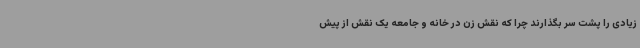
زیادی را پشت سر بگذارند چرا که نقش زن در خانه و جامعه یک نقش از پیش